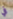
في